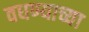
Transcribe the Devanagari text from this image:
वधण्याच्या